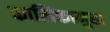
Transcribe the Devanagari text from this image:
कालिकामुख